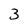
Character: 3